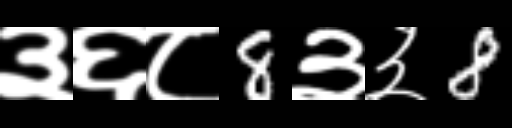
Text: ३६८8३३8